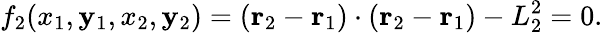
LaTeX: f_{2}(x_{1},\mathbf{y}_{1},x_{2},\mathbf{y}_{2})=(\mathbf{{r}}_{2}-\mathbf{{r}}_{1})\cdot(\mathbf{{r}}_{2}-\mathbf{{r}}_{1})-L_{2}^{2}=0.